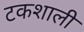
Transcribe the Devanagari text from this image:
टकशाली